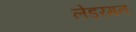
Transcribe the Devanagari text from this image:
लेडरमन